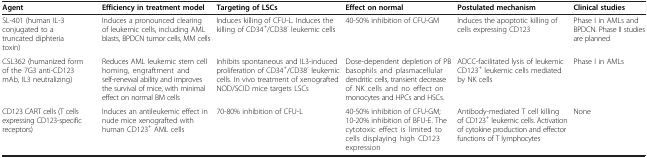
| Agent | Efficiency in treatment model | Targeting of LSCs | Effect on normal | Postulated mechanism | Clinical studies |
 | --- | --- | --- | --- | --- | --- |
 | SL-401 (human IL-3 conjugated to a truncated diphteria toxin) | Induces a pronounced clearing of leukemic cells, including AML blasts, BPDCN tumor cells, MM cells | Induces killing of CFU-L. Induces the killing of CD34+/CD38- leukemic cells | 40-50% inhibition of CFU-GM | Induces the apoptotic killing of cells expressing CD123 | Phase I in AMLs and BPDCN. Phase II studies are planned |
 | CSL362 (humanized form of the 7G3 anti-CD123 mAb, IL3 neutralizing) | Reduces AML leukemic stem cell homing, engraftment and self-renewal ability and improves the survival of mice, with minimal effect on normal BM cells | Inhibits spontaneous and IL3-induced proliferation of CD34+/CD38- leukemic cells. In vivo treatment of xenografted NOD/SCID mice targets LSCs | Dose-dependent depletion of PB basophils and plasmacellular dendritic cells, transient decrease of NK cells and no effect on monocytes and HPCs and HSCs. | ADCC-facilitated lysis of leukemic CD123+ leukemic cells mediated by NK cells | Phase I in AMLs |
 | CD123 CART cells (T cells expressing CD123-specific receptors) | Induces an antileukemic effect in nude mice xenografted with human CD123+ AML cells | 70-80% inhibition of CFU-L | 40-50% inhibition of CFU-GM; 10-20% inhibition of BFU-E. The cytotoxic effect is limited to cells displaying high CD123 expression | Antibody-mediated T cell killing of CD123+ leukemic cells. Activation of cytokine production and effector functions of T lymphocytes | None |